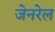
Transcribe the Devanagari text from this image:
जेनरेल